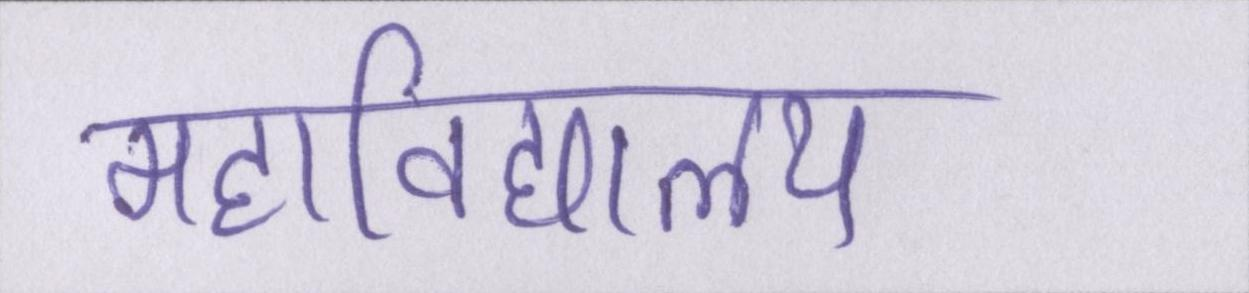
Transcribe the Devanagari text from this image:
महाविद्यालय